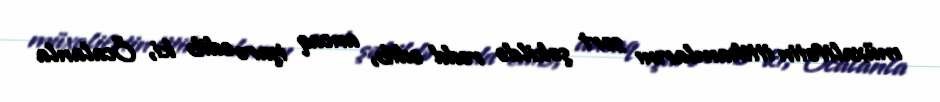
müxalifətin ittihamlarını sərt şəkildə rədd edib, ancaq işarə edib ki, Öcalanla